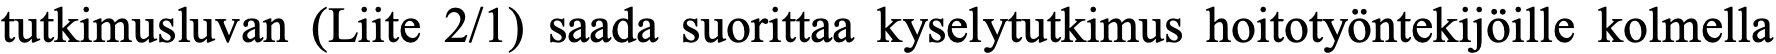
tutkimusluvan (Liite 2/1) saada suorittaa kyselytutkimus hoitotyöntekijöille kolmella